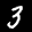
Label: 3